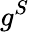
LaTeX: g^{S}